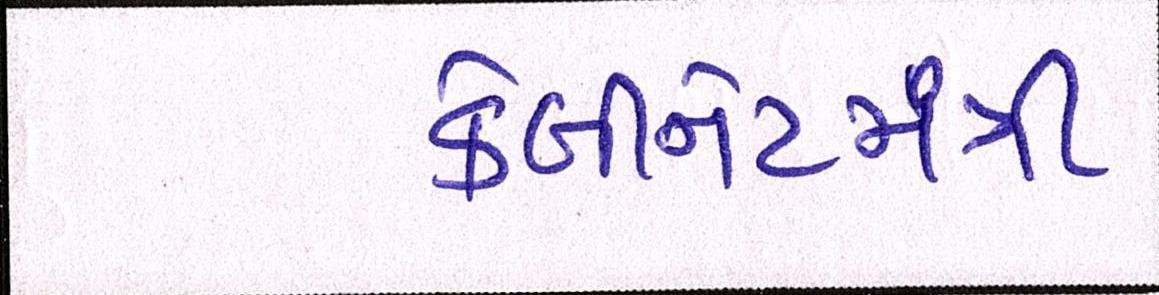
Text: કેબીનેટમંત્રી